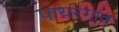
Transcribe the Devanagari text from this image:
पाथरगांव